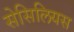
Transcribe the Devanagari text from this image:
सेसिलियस